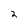
Character: 2